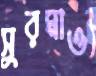
সুরমাও